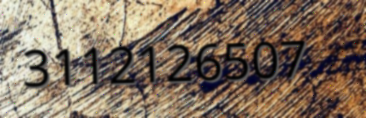
3112126507